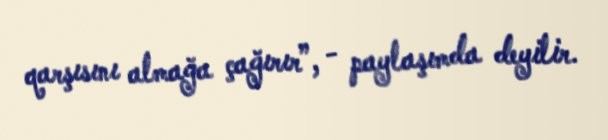
qarşısını almağa çağırır”, - paylaşımda deyilir.